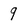
Character: 9